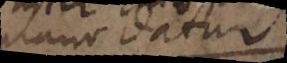
plano datur